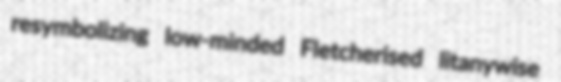
resymbolizing low-minded Fletcherised litanywise